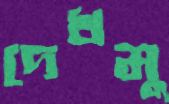
দেখমু